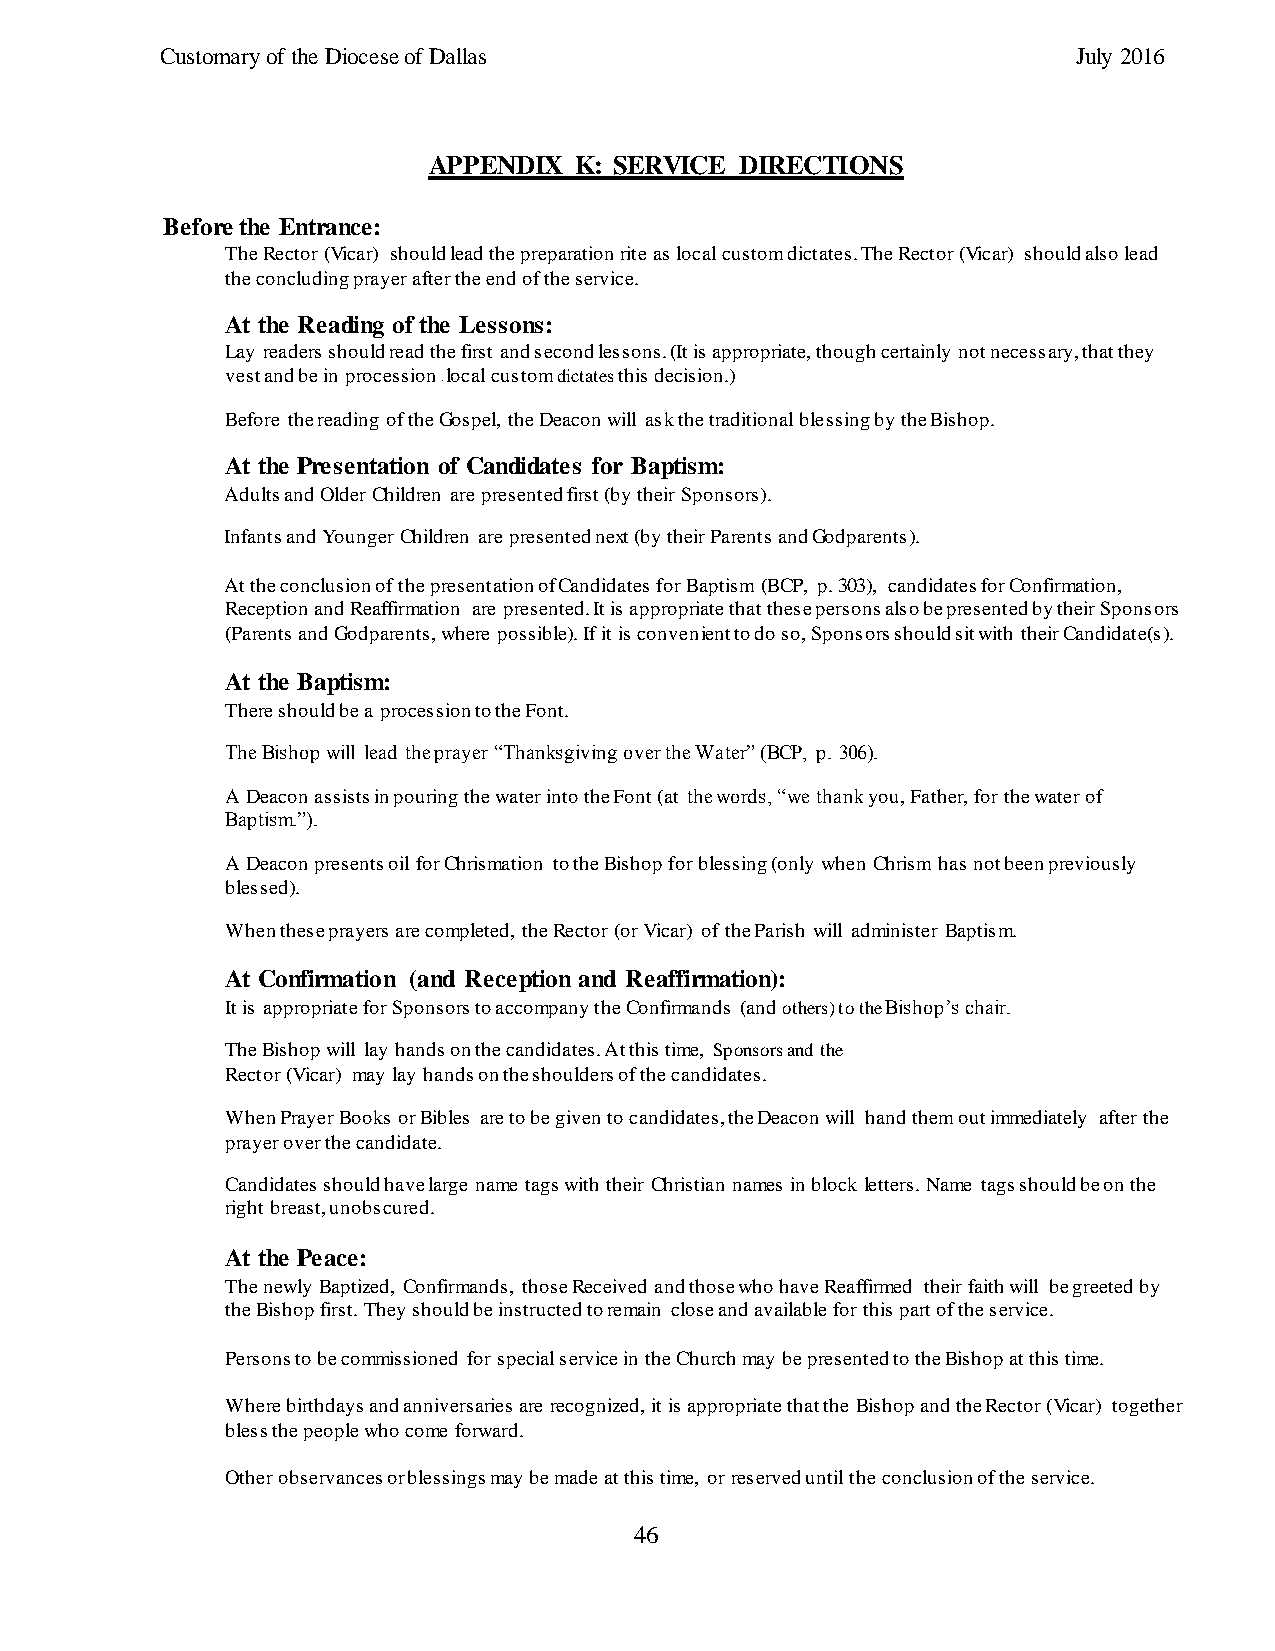
Customary of the Diocese of Dallas                          July 2016
 APPENDIX  K: SERVICE DIRECTIONS
 Before the Entrance:
 The Rector (Vicar) should lead the preparation rite as local custom dictates. The Rector (Vicar) should also lead
 the concluding prayer after the end of the service.
 At the Reading of the Lessons:
 Lay readers should read the first and second lessons. (It is appropriate, though certainly not necessary, that they
 vest and be in procession local custom dictates this decision.)
 -
 Before the reading of the Gospel, the Deacon will ask the traditional blessing by the Bishop.
 At the Presentation of Candidates for Baptism:
 Adults and Older Children are presented first (by their Sponsors).
 Infants and Younger Children are presented next (by their Parents and Godparents).
 At the conclusion of the presentation of Candidates for Baptism (BCP, p. 303), candidates for Confirmation,
 Reception and Reaffirmation are presented. It is appropriate that these persons also be presented by their Sponsors
 (Parents and Godparents, where possible). If it is convenient to do so, Sponsors should sit with their Candidate(s).
 At the Baptism:
 There should be a procession to the Font.
 The Bishop will lead the prayer “Thanksgiving over the Water” (BCP, p. 306).
 A Deacon assists in pouring the water into the Font (at the words, “we thank you, Father, for the water of
 Baptism.”).
 A Deacon presents oil for Chrismation to the Bishop for blessing (only when Chrism has not been previously
 blessed).
 When these prayers are completed, the Rector (or Vicar) of the Parish will administer Baptism.
 At Confirmation (and Reception and Reaffirmation):
 It is appropriate for Sponsors to accompany the Confirmands (and others) to the Bishop’s chair.
 The Bishop will lay hands on the candidates. At this time, Sponsors and the
 Rector (Vicar) may lay hands on the shoulders of the candidates.
 When Prayer Books or Bibles are to be given to candidates, the Deacon will hand them out immediately after the
 prayer over the candidate.
 Candidates should have large name tags with their Christian names in block letters. Name tags should be on the
 right breast, unobscured.
 At the Peace:
 The newly Baptized, Confirmands, those Received and those who have Reaffirmed their faith will be greeted by
 the Bishop first. They should be instructed to remain close and available for this part of the service.
 Persons to be commissioned for special service in the Church may be presented to the Bishop at this time.
 Where birthdays and anniversaries are recognized, it is appropriate that the Bishop and the Rector (Vicar) together
 bless the people who come forward.
 Other observances or blessings may be made at this time, or reserved until the conclusion of the service.
 46